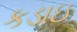
કડાઇ